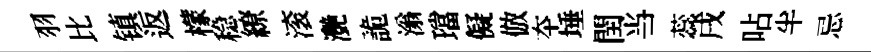
羽比镇返檬稳繚滚灔詭滃璫儗倣夲埵閏当蕊戌呫半忌